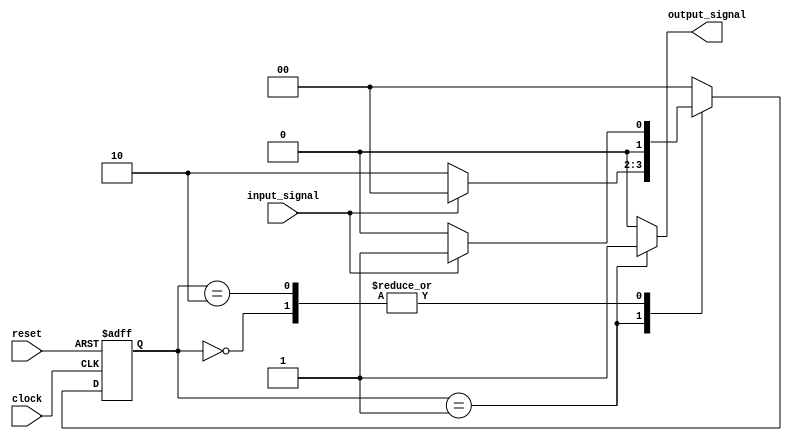
module moore_state_machine (
  input wire clock,
  input wire reset,
  input wire input_signal,
  output reg output_signal
);

// Enumerate states
parameter S0 = 2'b00;
parameter S1 = 2'b01;
parameter S2 = 2'b10;

// State register
reg [1:0] current_state;
reg [1:0] next_state;

// Output values for each state
always @*
begin
  case(current_state)
    S0: output_signal = 1'b0;
    S1: output_signal = 1'b1;
    S2: output_signal = 1'b0;
    default: output_signal = 1'b0;
  endcase
end

// Next state logic
always @*
begin
  case(current_state)
    S0: next_state = input_signal ? S1 : S0;
    S1: next_state = input_signal ? S0 : S2;
    S2: next_state = input_signal ? S1 : S0;
    default: next_state = S0;
  endcase
end

// State transition
always @(posedge clock or posedge reset)
begin
  if(reset)
    current_state <= S0;
  else
    current_state <= next_state;
end

endmodule